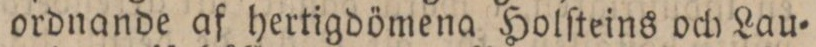
ordnande af hertigdömena Holſteins och Lau=